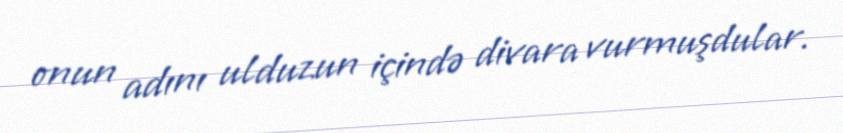
onun adını ulduzun içində divara vurmuşdular.